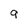
Character: q